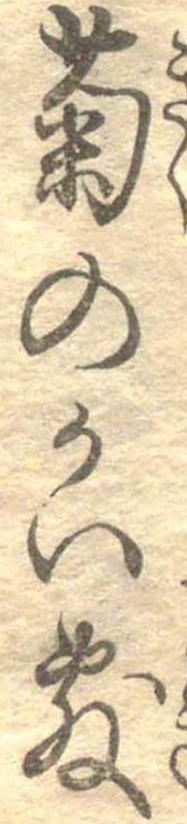
菊のかい敷